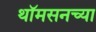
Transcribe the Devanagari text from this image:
थॉमसनच्या